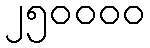
၂၅၀၀၀၀